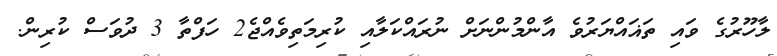
ލާހޫރުގެ ވައި ތަޣައްޔަރުވެ އާންމުންނަށް ނުރައްކަލާއި ކުރިމަތިވެއްޖެ2 ހަފްތާ 3 ދުވަސް ކުރިން.